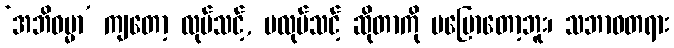
‘အဘိဓမ္မာ’ ကျတော့ လုပ်သင့်, မလုပ်သင့် ဆိုတာကို မပြောတော့ဘူး၊ သဘာဝတရား